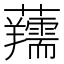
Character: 𧅘